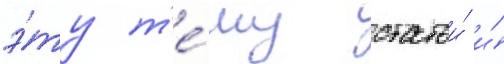
э́ту т'е́му статьи́ и́